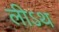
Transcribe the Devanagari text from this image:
लीऽथ